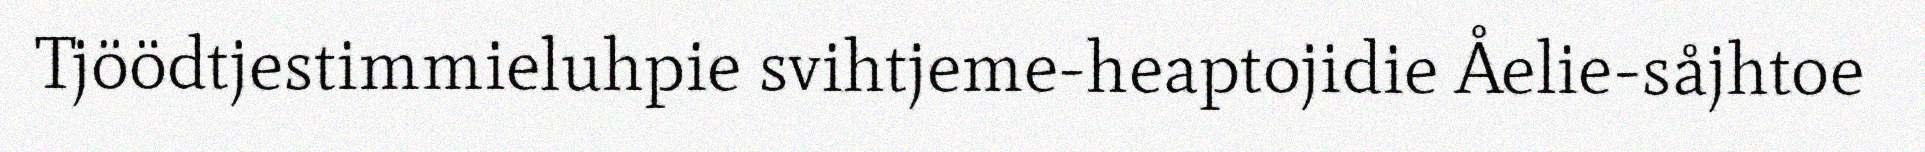
Tjöödtjestimmieluhpie svihtjeme-heaptojidie Åelie-såjhtoe